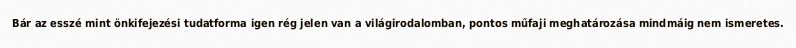
Bár az esszé mint önkifejezési tudatforma igen rég jelen van a világirodalomban, pontos műfaji meghatározása mindmáig nem ismeretes.